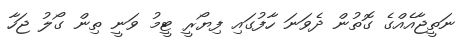
ނަތީޖާއެއްގެ ގޮތުން ދެވަނަ ހާފުގައި ފިޔޯރީ ޓީމު ވަނީ ތިން ގޯލު ޖަހާ